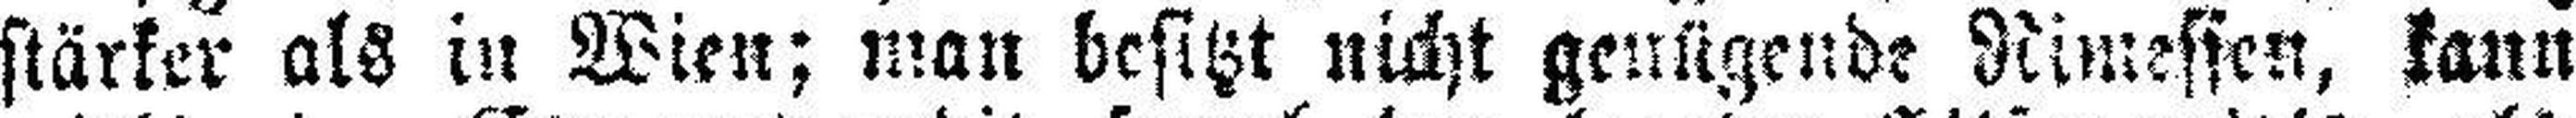
stärker als in Wien; man besitzt nicht genügende Rimessen, kann